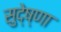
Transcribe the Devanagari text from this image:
सुदे्ष्णा